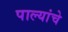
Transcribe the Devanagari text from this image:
पाल्यांचे